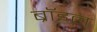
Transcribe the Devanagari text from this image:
ब्रॉइल